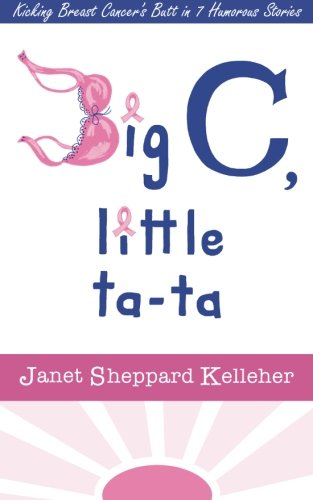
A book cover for Big C, little ta-ta: Kicking Breast Cancer's Butt in 7 Humorous Stories; Janet Sheppard Kelleher; Humor & Entertainment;